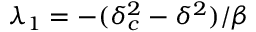
\lambda _ { 1 } = - ( \delta _ { c } ^ { 2 } - \delta ^ { 2 } ) / \beta